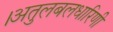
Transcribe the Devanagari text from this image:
।अतुलबलधारिणी